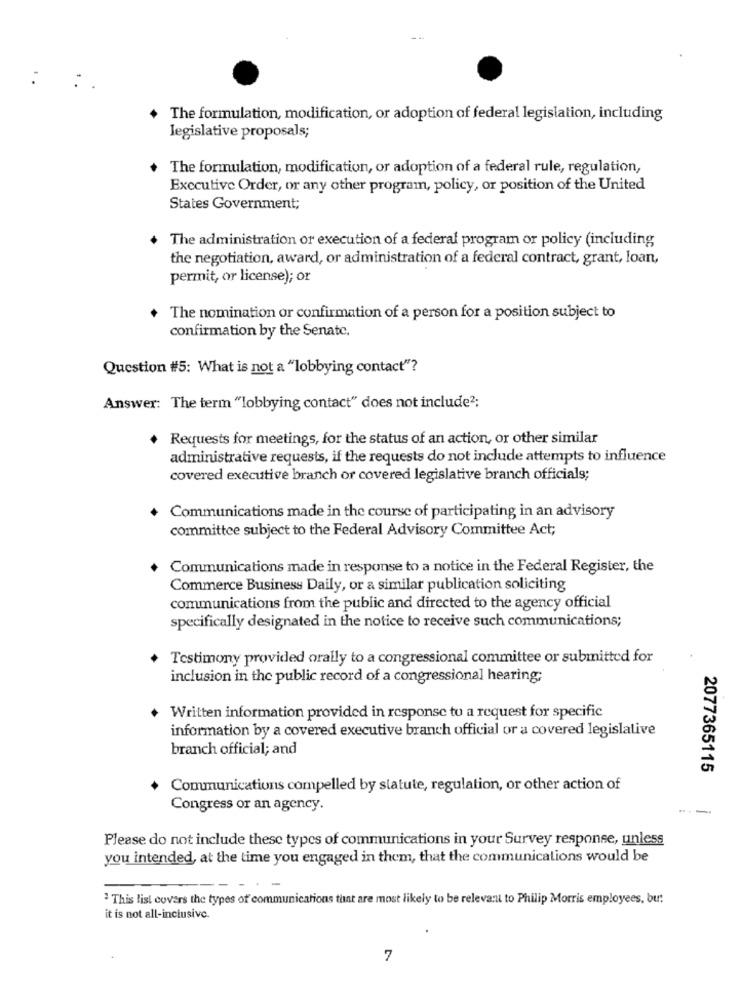
The formulation, modification, or adoption of federal legislation, including
legislative proposals;
The formulation, modification, or adoption of a federal rule, regulation,
Executive Order, or any other program, policy, or position of the United
States Government;
The administration or execution of a federal program or policy (including
the negotiation, award, or administration of a federal contract, grant, loan,
permit, or license); or
+ The nomination or confirmation of a person for a position subject to
confirmation by the Senate.
Question #5: What is not a "lobbying contact"?
Answer: The term "lobbying contact" does not include2;
+ Requests for meetings, for the status of an action, or other similar
administrative requests, if the requests do not include attempts to influence
covered executive branch or covered legislative branch officials;
Communications made in the course of participating in an advisory
committee subject to the Federal Advisory Committee Act;
Communications made in response to a notice in the Federal Register, the
Commerce Business Daily, or a similar publication soliciting
communications from the public and directed to the agency official
specifically designated in the notice to receive such communications;
Testimony provided orally to a congressional committee or submitted for
inclusion in the public record of a congressional hearing;
Written information provided in response to a request for specific
information by a covered executive branch official or a covered legislative
branch official; and
2077365115
Communications compelled by statute, regulation, or other action of
Congress or an agency.
---
Please do not include these types of communications in your Survey response, unless
you intended, at the time you engaged in them, that the communications would be
This list covers the types of communications that are most likely to be relevant to Philip Morris employees, bu:
it is not all-inclusive.
7